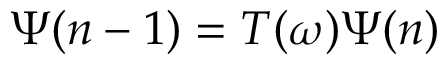
\Psi ( n - 1 ) = T ( \omega ) \Psi ( n )